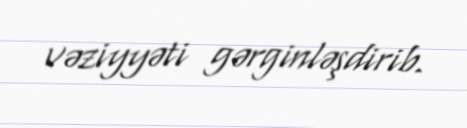
vəziyyəti gərginləşdirib.